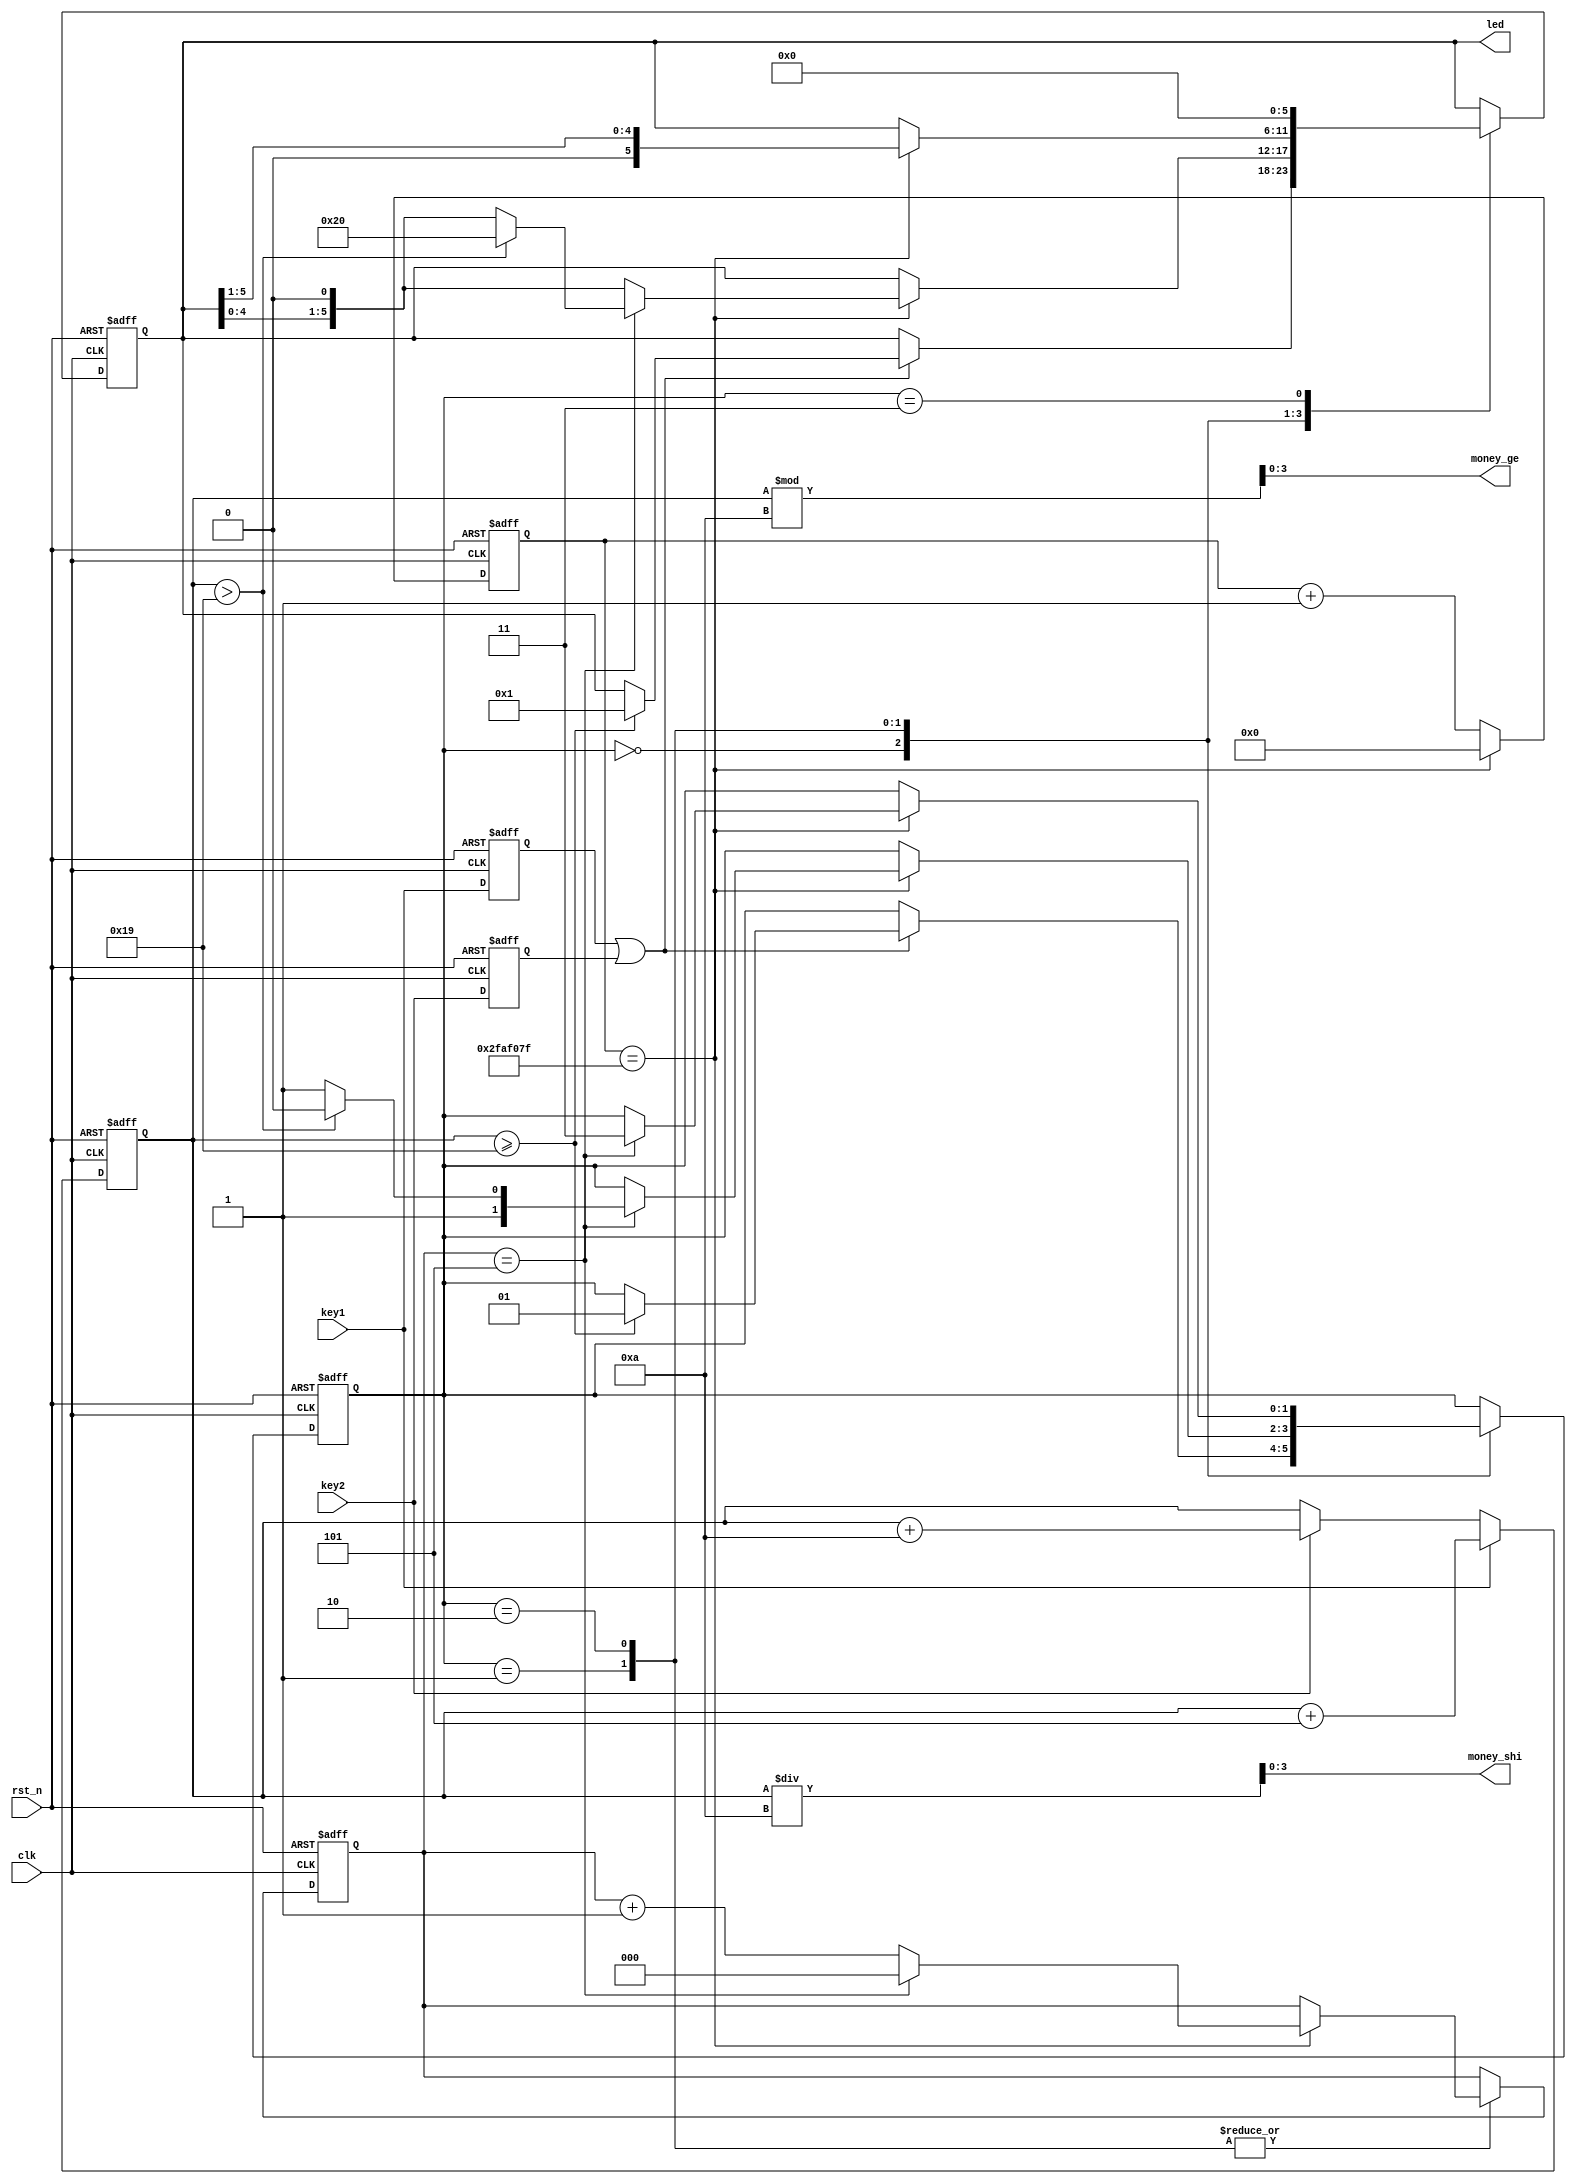
`timescale 1ns / 1ps



module control(
input	clk,		//50mhz
input	rst_n,
input	key1,	//5
input	key2,	//10
output	reg[5:0] led,
output	[3:0] money_shi, money_ge
    );
reg	[7:0]	money;	
always@(posedge clk or negedge rst_n)
begin
if(!rst_n)
	money <= 0;
else if(key1)
	money <= money + 5;	//5
else if(key2)
	money <= money + 10;//10
end	


assign money_shi = money/10;		//
assign	money_ge = money%10;		//
reg	key1_r,key2_r;	
always@(posedge clk or negedge rst_n)
begin
if(!rst_n)
	begin
	key1_r <=0;
	key2_r <=0;
	end
else
	begin
	key1_r <=key1;
	key2_r <=key2;
	end
end	

//1s
parameter time_1s = 50_000_000;
reg	[27:0]	cnt_1s;
wire	time_1s_flag;//1s
always@(posedge clk or negedge rst_n)
begin
if(!rst_n)
	cnt_1s <= 0;
else if(cnt_1s == time_1s-1)
	cnt_1s <=0;
else
	cnt_1s <= cnt_1s + 1'b1;
end
assign time_1s_flag = (cnt_1s == time_1s-1);
//
reg	[1:0]	state;
reg	[2:0]	cnt;
always@(posedge clk or negedge rst_n)
begin
if(!rst_n)
	begin
	led <=0;
	state <=0;
	cnt <=0;
	end
else 
	case(state)
		2'd0:
			begin
			if(key1_r | key2_r)
				begin
				if(money >= 25)
					begin
					state <= 2'd1;
					led <= 6'b000001;
					end
				end
			
			end
		2'd1://
			begin
			if(time_1s_flag)
				begin
				led <= led <<1;
				if(cnt == 5)
					begin
					cnt <= 0;
					if(money >25)
						begin
						state <=2;
						led <= 6'b100000;
						end
					else
						state <=3;
					end
				else
					cnt <= cnt + 1'b1;
				end
				
			end
		2'd2://
			begin
			if(time_1s_flag)
				begin
				led <= led >>1;
				if(cnt == 5)
					begin
					cnt <= 0;
					state <=3;
					end
				else
					cnt <= cnt + 1'b1;
				end
			end
		2'd3://
			begin
			led <= 6'b000000;
			state <= state;
			end
	endcase
end

	
endmodule